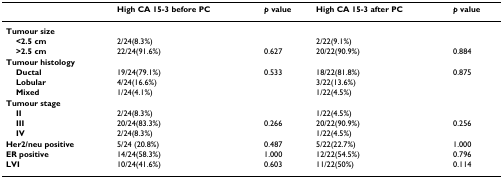
<table><thead><tr><td></td><td><b>High CA 15-3 before PC</b></td><td><b><i>p </i>value</b></td><td><b>High CA 15-3 after PC</b></td><td><b><i>p </i>value</b></td></tr></thead><tbody><tr><td><b>Tumour size</b></td><td></td><td></td><td></td><td></td></tr><tr><td> <b>&lt;2.5 cm</b></td><td>2/24(8.3%)</td><td></td><td>2/22(9.1%)</td><td></td></tr><tr><td> <b>&gt;2.5 cm</b></td><td>22/24(91.6%)</td><td>0.627</td><td>20/22(90.9%)</td><td>0.884</td></tr><tr><td><b>Tumour histology</b></td><td></td><td></td><td></td><td></td></tr><tr><td> <b>Ductal</b></td><td>19/24(79.1%)</td><td>0.533</td><td>18/22(81.8%)</td><td>0.875</td></tr><tr><td> <b>Lobular</b></td><td>4/24(16.6%)</td><td></td><td>3/22(13.6%)</td><td></td></tr><tr><td> <b>Mixed</b></td><td>1/24(4.1%)</td><td></td><td>1/22(4.5%)</td><td></td></tr><tr><td><b>Tumour stage</b></td><td></td><td></td><td></td><td></td></tr><tr><td> <b>II</b></td><td>2/24(8.3%)</td><td></td><td>1/22(4.5%)</td><td></td></tr><tr><td> <b>III</b></td><td>20/24(83.3%)</td><td>0.266</td><td>20/22(90.9%)</td><td>0.256</td></tr><tr><td> <b>IV</b></td><td>2/24(8.3%)</td><td></td><td>1/22(4.5%)</td><td></td></tr><tr><td><b>Her2/neu positive</b></td><td>5/24 (20.8%)</td><td>0.487</td><td>5/22(22.7%)</td><td>1.000</td></tr><tr><td><b>ER positive</b></td><td>14/24(58.3%)</td><td>1.000</td><td>12/22(54.5%)</td><td>0.796</td></tr><tr><td><b>LVI</b></td><td>10/24(41.6%)</td><td>0.603</td><td>11/22(50%)</td><td>0.114</td></tr></tbody></table>